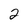
Character: 2